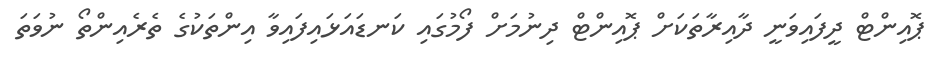
ޕޮއިންޓް ދީފައިވަނީ ދާއިރާތަކަށް ޕޮއިންޓް ދިނުމަށް ފޯމުގައި ކަނޑައަޅައިފައިވާ އިންތަކުގެ ތެރެއިންތޯ ނުވަތަ